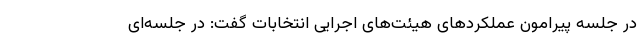
در جلسه پیرامون عملکردهای هیئت‌های اجرایی انتخابات گفت: در جلسه‌ای